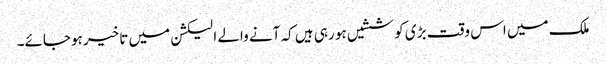
ملک میں اس وقت بڑی کوششیں ہو رہی ہیں کہ آنے والے الیکشن میں تاخیر ہوجائے۔